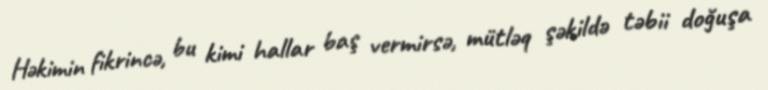
Həkimin fikrincə, bu kimi hallar baş vermirsə, mütləq şəkildə təbii doğuşa